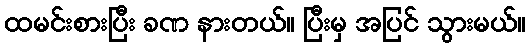
ထမင်းစားပြီး ခဏ နားတယ်။ ပြီးမှ အပြင် သွားမယ်။